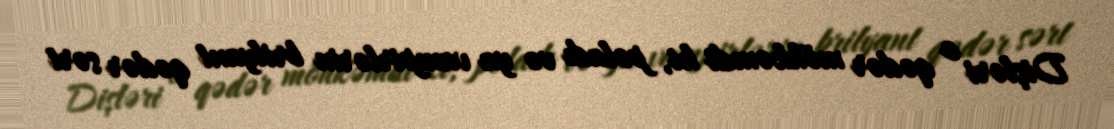
Dişləri o qədər möhkəmdi ki, poladı və ya vampirlərin brilyant qədər sərt